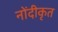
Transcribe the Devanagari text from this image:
नोंदीकृत